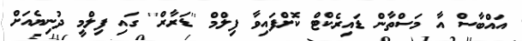
އައްބާސް އާ މަސްތާން ޑައިރެކްޓް ކޮށްފައިވާ ފިލްމް ''ޑަރާރް'' ގައި ފިލްމީ ދުނިޔެއަށް